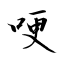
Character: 哽